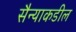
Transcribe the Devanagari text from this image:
सैन्याकडील